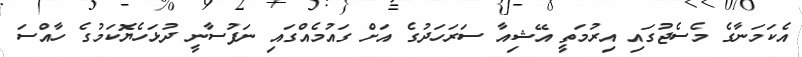
އެކަމަނާގެ މެސެޖުގައި އިރުމަތީ އޭޝިއާ ސަރަހަދުގެ އަށް ގައުމެއްގައި ނަފުސާނީ ދުޅަހެޔޮކަމުގެ ހާއްސަ